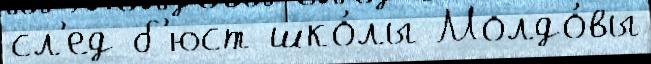
сл'ед б'юст шко́лы Молдо́вы